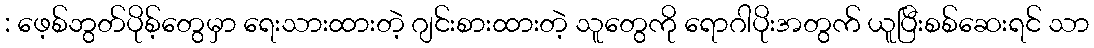
: ဖေ့စ်ဘွတ်ပိုစ့်တွေမှာ ရေးသားထားတဲ့ ဂျင်းစားထားတဲ့ သူတွေကို ရောဂါပိုးအတွက် ယူပြီးစစ်ဆေးရင် သာ